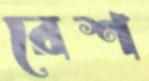
রেশ